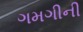
ગમગીની